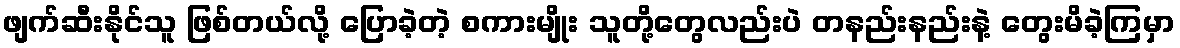
ဖျက်ဆီးနိုင်သူ ဖြစ်တယ်လို့ ပြောခဲ့တဲ့ စကားမျိုး သူတို့တွေလည်းပဲ တနည်းနည်းနဲ့ တွေးမိခဲ့ကြမှာ